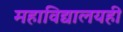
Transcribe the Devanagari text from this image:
महाविद्यालयही